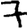
Digit: 7